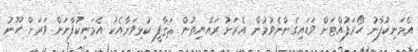
އެމަނިކުފާނު ހޯރަފުއްޓަށް ވަޑައިގެންނެވުމުން އެރަށު ރައްޔިތުން ޘަޤާފީ ކުޅިވަރާއެކު އެމަނިކުފާނަށް ވަރަށް ހޫނު